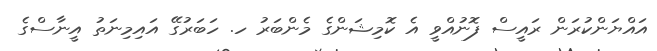
އައްޔަންކުރަން ރައީސް ފޮނުއްވީ އެ ކޮމިޝަންގެ މެންބަރު ހ. ހަބަރުގޭ އައިމިނަތު އީނާސްގެ